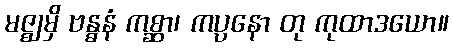
မဇ္ဈမှိ ဗန္ဓနံ ကစ္ဆာ၊ ကပ္ပနော တု ကုထာဒယော။